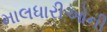
માલધારીઓની